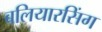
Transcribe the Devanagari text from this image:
बलियारसिंग